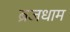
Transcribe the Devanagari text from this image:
ब्रजधाम